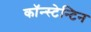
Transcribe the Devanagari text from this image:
कॉन्स्टेन्टिन